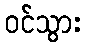
ဝင်သွား